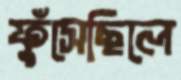
ফুঁসেছিলে